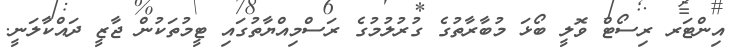
އިންޓަރ ރިސޯޓް ވޮލީ ބޯޅަ މުބާރާތުގެ ގުރުލުމުގެ ރަސްމިއްޔާތުގައި ޓީމުތަކުން ޖާޒީ ދައްކާލަނީ.